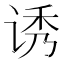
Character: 诱